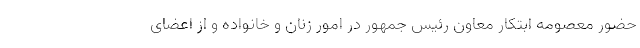
حضور معصومه ابتکار معاون رئیس جمهور در امور زنان و خانواده و از اعضای